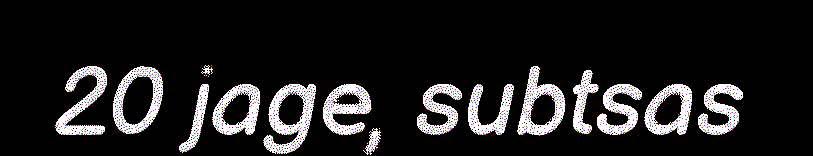
20 jage, subtsas